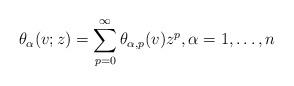
LaTeX: \begin{align*}&\theta_\alpha(v; z) =\sum_{p=0}^\infty \theta_{\alpha,p}(v) z^p, \alpha=1, \dots, n\end{align*}